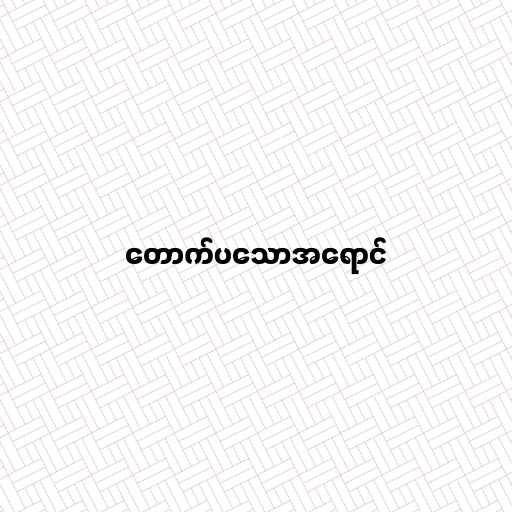
တောက်ပသောအရောင်